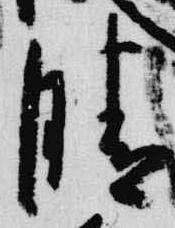
晴